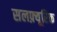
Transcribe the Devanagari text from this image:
सलफ़्यूरिक